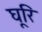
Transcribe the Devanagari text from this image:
घूरि